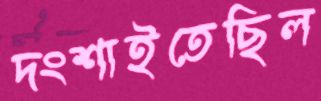
দংশাইতেছিল